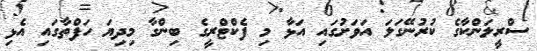
ސްރީލަންކާގެ ކުރުނޭގަލަ އަވަށުގައި އަޅާ މި ފެކްޓްރީގެ ބިންގާ މިދިޔަ ހަފްތާގައި އެޅި